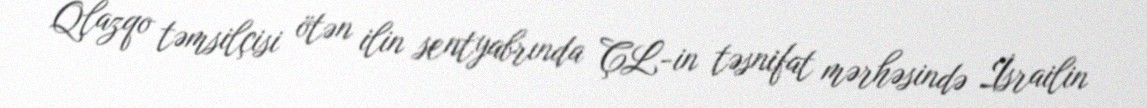
Qlazqo təmsilçisi ötən ilin sentyabrında ÇL-in təsnifat mərhəsində İsrailin